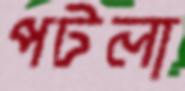
পটলা